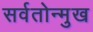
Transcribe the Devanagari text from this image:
सर्वतोन्मुख